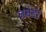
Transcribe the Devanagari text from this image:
जबडों